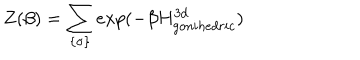
Z ( \beta ) = \sum _ { \{ \sigma \} } e x p ( - \beta H _ { g o n i h e d r i c } ^ { 3 d } )